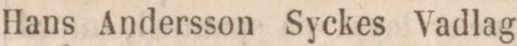
Hans Andersson Syckes Vadlag